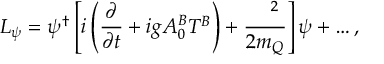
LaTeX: { \cal L } _ { \psi } = \psi ^ { \dagger } \left[ i \left( { \frac { \partial } { \partial t } } + i g A _ { 0 } ^ { B } T ^ { B } \right) + { \frac { \mathrm { \boldmath ~ \nabla ~ } ^ { 2 } } { 2 m _ { Q } } } \right] \psi + \ldots ,